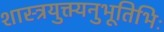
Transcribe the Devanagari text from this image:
शास्त्रयुक्त्यनुभूतिभिः